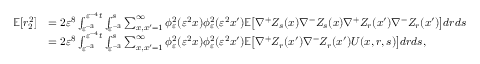
\begin{array} { r l } { \mathbb { E } [ r _ { 2 } ^ { 2 } ] } & { = 2 \varepsilon ^ { 8 } \int _ { \varepsilon ^ { - 3 } } ^ { \varepsilon ^ { - 4 } t } \int _ { \varepsilon ^ { - 3 } } ^ { s } \sum _ { x , x ^ { \prime } = 1 } ^ { \infty } \phi _ { \varepsilon } ^ { 2 } ( \varepsilon ^ { 2 } x ) \phi _ { \varepsilon } ^ { 2 } ( \varepsilon ^ { 2 } x ^ { \prime } ) \mathbb { E } \big [ \nabla ^ { + } Z _ { s } ( x ) \nabla ^ { - } Z _ { s } ( x ) \nabla ^ { + } Z _ { r } ( x ^ { \prime } ) \nabla ^ { - } Z _ { r } ( x ^ { \prime } ) \big ] d r d s } \\ & { = 2 \varepsilon ^ { 8 } \int _ { \varepsilon ^ { - 3 } } ^ { \varepsilon ^ { - 4 } t } \int _ { \varepsilon ^ { - 3 } } ^ { s } \sum _ { x , x ^ { \prime } = 1 } ^ { \infty } \phi _ { \varepsilon } ^ { 2 } ( \varepsilon ^ { 2 } x ) \phi _ { \varepsilon } ^ { 2 } ( \varepsilon ^ { 2 } x ^ { \prime } ) \mathbb { E } \big [ \nabla ^ { + } Z _ { r } ( x ^ { \prime } ) \nabla ^ { - } Z _ { r } ( x ^ { \prime } ) U ( x , r , s ) \big ] d r d s , } \end{array}